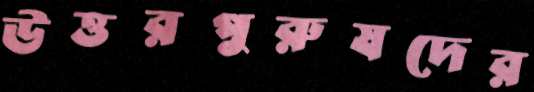
উত্তরপুরুষদের